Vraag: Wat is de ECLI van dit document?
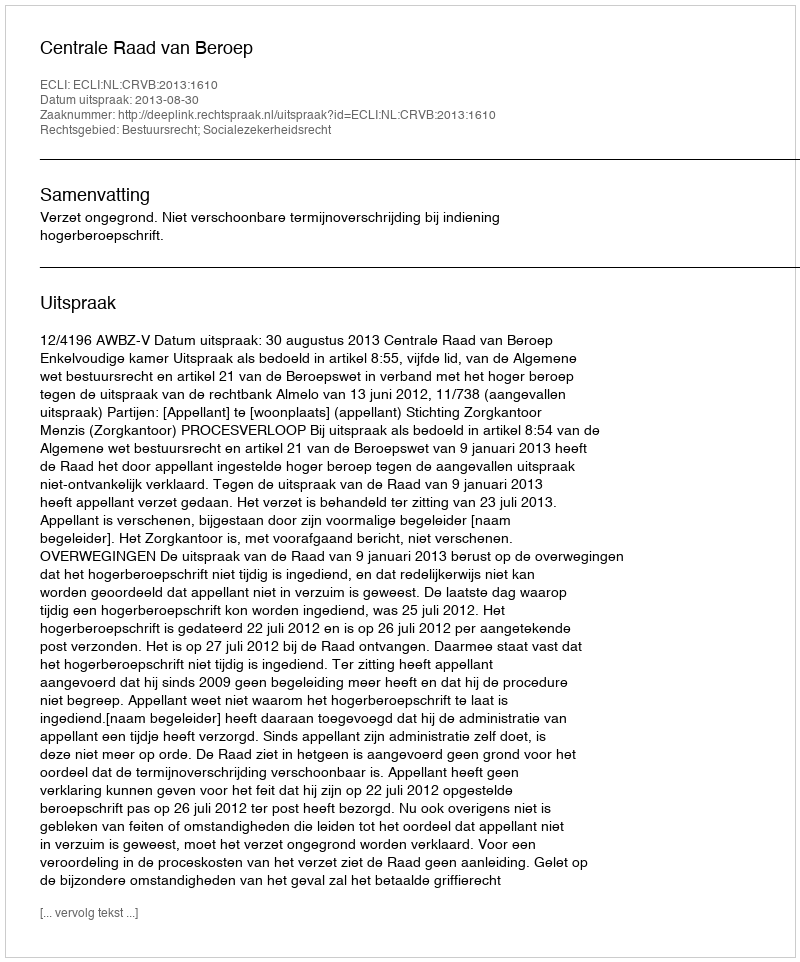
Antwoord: ECLI:NL:CRVB:2013:1610